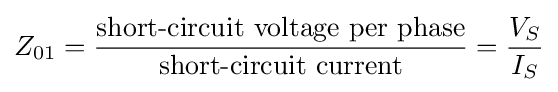
Z_{01}={\frac {\text{short-circuit voltage per phase}}{\text{short-circuit current}}}={\frac {V_{S}}{I_{S}}}